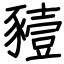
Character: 豷